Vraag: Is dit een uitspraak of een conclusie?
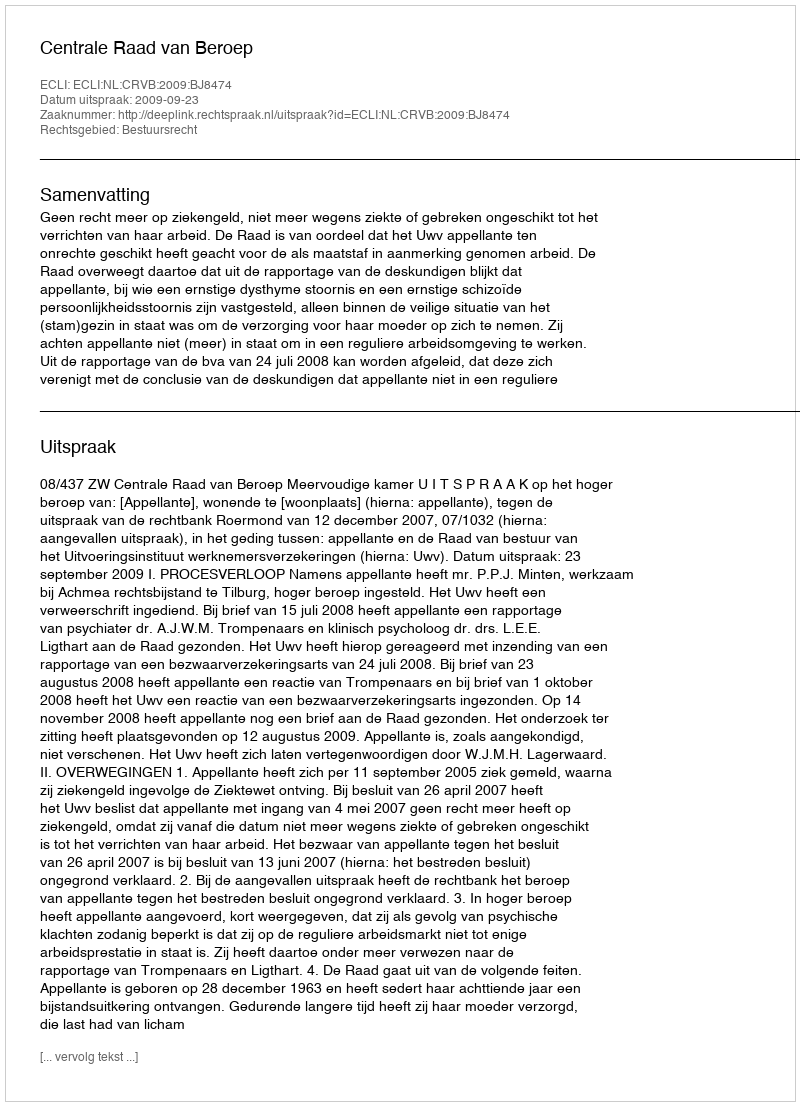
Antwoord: Uitspraak